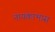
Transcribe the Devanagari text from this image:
नायकाभास